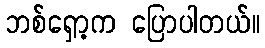
ဘစ်ရှော့က ပြောပါတယ်။